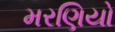
મરણિયો